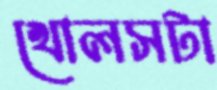
খোলসটা